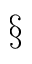
\S